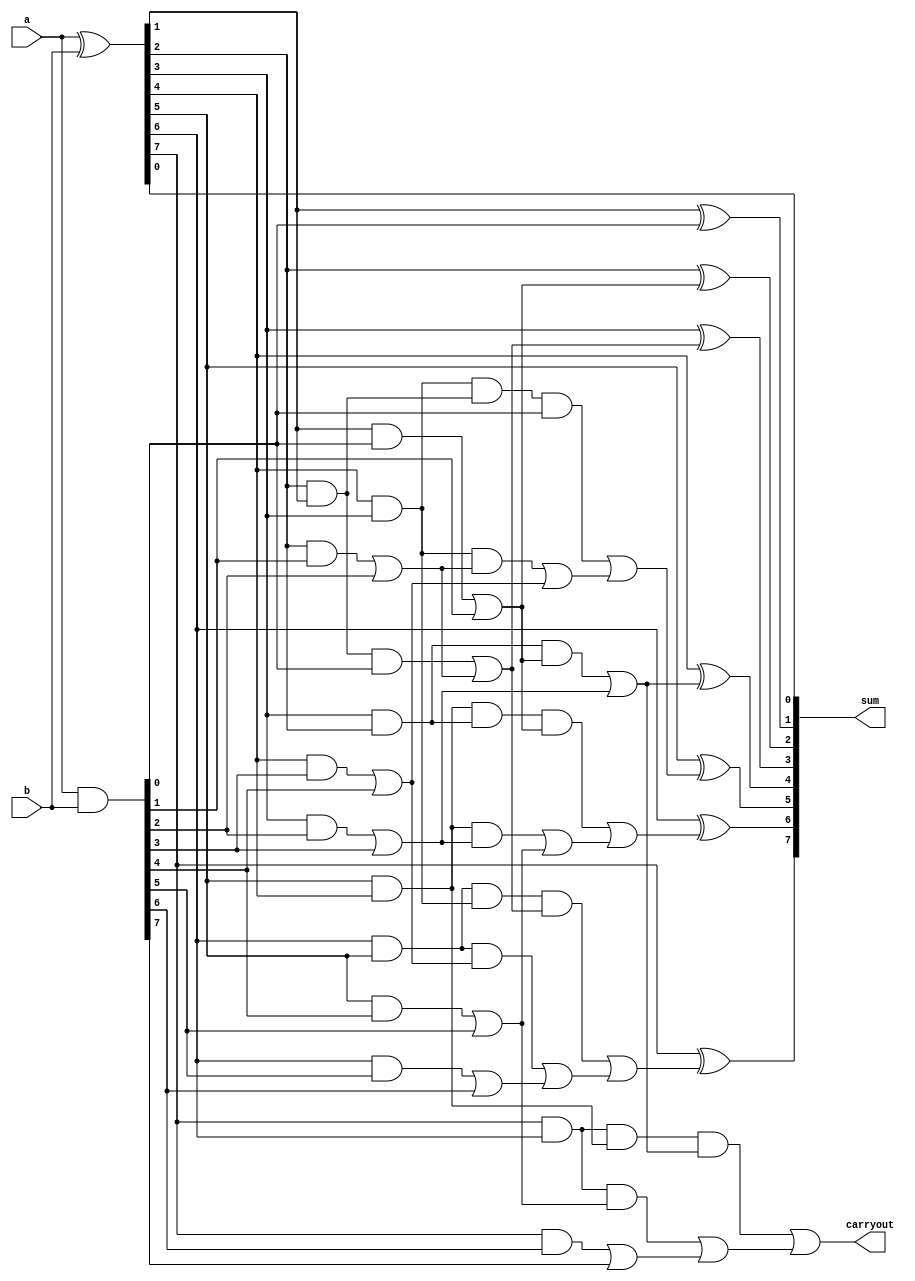
module kogge(a, b, sum, carryout);

input [7:0]a;

input [7:0]b;

wire cin;

output [7:0]sum;

output carryout;

wire [7:0] p,g,cp,cg,ccg,ccp,cccp,cccg,c;

assign p=a^b;

assign g=a&b;

assign cg[0]=(g[0]);

assign cp[0]=(p[0]);

assign cg[1]=(p[1]&g[0])|g[1];

assign cp[1]=(p[1]&p[0]);

assign cg[2]=(p[2]&g[1])|g[2];

assign cp[2]=p[2]&p[1];

assign cg[3]=(p[3]&g[2])|g[3];
assign cp[3]=p[3]&p[2];

assign cg[4]=(p[4]&g[3])|g[4];
assign cp[4]=p[4]&p[3];

assign cg[5]=(p[5]&g[4])|g[5];
assign cp[5]=p[5]&p[4];

assign cg[6]=(p[6]&g[5])|g[6];
assign cp[6]=p[6]&p[5];

assign cg[7]=(p[7]&g[6])|g[7];
assign cp[7]=p[7]&p[6];


assign ccg[0]=cg[0];
assign ccp[0]=cp[0];

assign ccg[1]=cg[1];
assign ccp[1]=cp[1];

assign ccg[2]=(cp[2]&cg[0])|cg[2];
assign ccp[2]=cp[2]&cp[0];

assign ccg[3]=(cp[3]&cg[1])|cg[3];
assign ccp[3]=cp[3]&cp[1];

assign ccg[4]=(cp[4]&cg[2])|cg[4];
assign ccp[4]=cp[4]&cp[2];

assign ccg[5]=(cp[5]&cg[3])|cg[5];
assign ccp[5]=cp[5]&cp[3];

assign ccg[6]=(cp[6]&cg[4])|cg[6];
assign ccp[6]=cp[6]&cp[4];

assign ccg[7]=(cp[7]&cg[5])|cg[7];
assign ccp[7]=cp[7]&cp[5];

assign cccg[0]=ccg[0];
assign cccp[0]=ccp[0];

assign cccg[1]=ccg[1];
assign cccp[1]=ccp[1];

assign cccg[2]=ccg[2];
assign cccp[2]=ccp[2];

assign cccg[3]=ccg[3];
assign cccp[3]=ccp[3];

assign cccg[4]=(ccp[4]&ccg[0])|ccg[4];
assign cccp[4]=ccp[4]&ccp[0];

assign cccg[5]=(ccp[5]&ccg[1])|ccg[5];
assign cccp[5]=ccp[5]&ccp[1];

assign cccg[6]=(ccp[6]&ccg[2])|ccg[6];
assign cccp[6]=ccp[6]&ccp[2];

assign cccg[7]=(ccp[7]&ccg[3])|ccg[7];
assign cccp[7]=ccp[7]&ccp[3];

assign c=cccg;

assign cin = 0;

assign sum[0]=p[0]^cin;

assign sum[1]=p[1]^c[0];

assign sum[2]=p[2]^c[1];

assign sum[3]=p[3]^c[2];

assign sum[4]=p[4]^c[3];

assign sum[5]=p[5]^c[4];

assign sum[6]=p[6]^c[5];

assign sum[7]=p[7]^c[6];

assign carryout=c[7];

endmodule